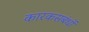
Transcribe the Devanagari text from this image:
कारकसबंधों